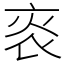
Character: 𤇯